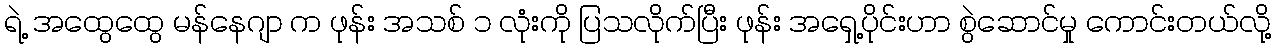
ရဲ့ အထွေထွေ မန်နေဂျာ က ဖုန်း အသစ် ၁ လုံးကို ပြသလိုက်ပြီး ဖုန်း အရှေ့ပိုင်းဟာ စွဲဆောင်မှု ကောင်းတယ်လို့